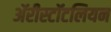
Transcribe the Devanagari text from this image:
ॲरीस्टॉटलियन